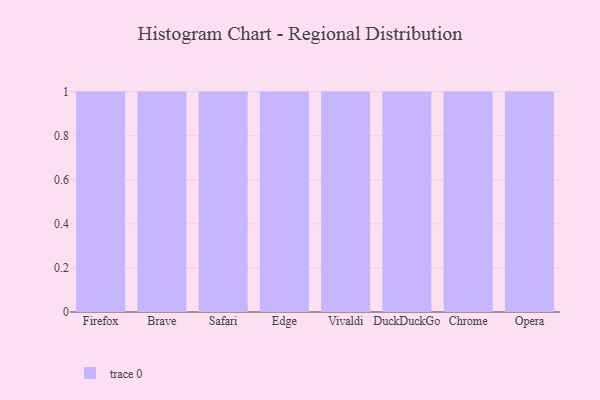
{"axis": {"x": "Browser", "y": "Demand Index"}, "legend": [""], "data": [{"x": "Firefox", "y": 54, "type": ""}, {"x": "Brave", "y": 69, "type": ""}, {"x": "Safari", "y": 25, "type": ""}, {"x": "Edge", "y": 31, "type": ""}, {"x": "Vivaldi", "y": 17, "type": ""}, {"x": "DuckDuckGo", "y": 76, "type": ""}, {"x": "Chrome", "y": 32, "type": ""}, {"x": "Opera", "y": 17, "type": ""}]}